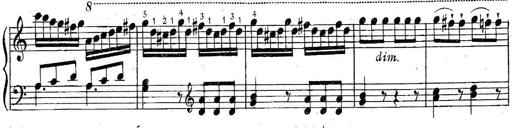
Title: 6 Easy Sonatinas
Composer: Carl Czerny